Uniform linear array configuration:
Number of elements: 8
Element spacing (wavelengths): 0.75
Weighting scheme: kaiser
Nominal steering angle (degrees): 0
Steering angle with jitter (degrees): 0.6381
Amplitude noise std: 0.05
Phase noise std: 0.05

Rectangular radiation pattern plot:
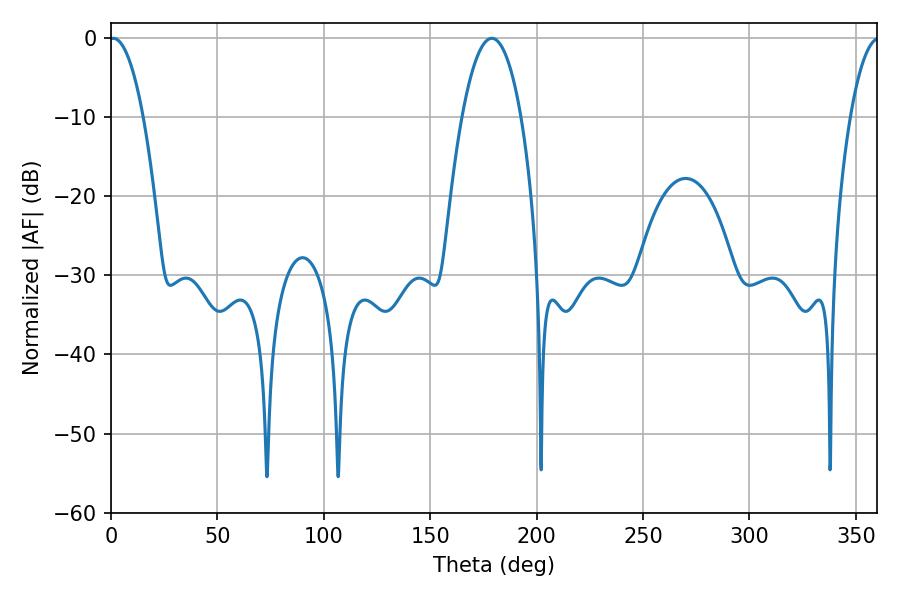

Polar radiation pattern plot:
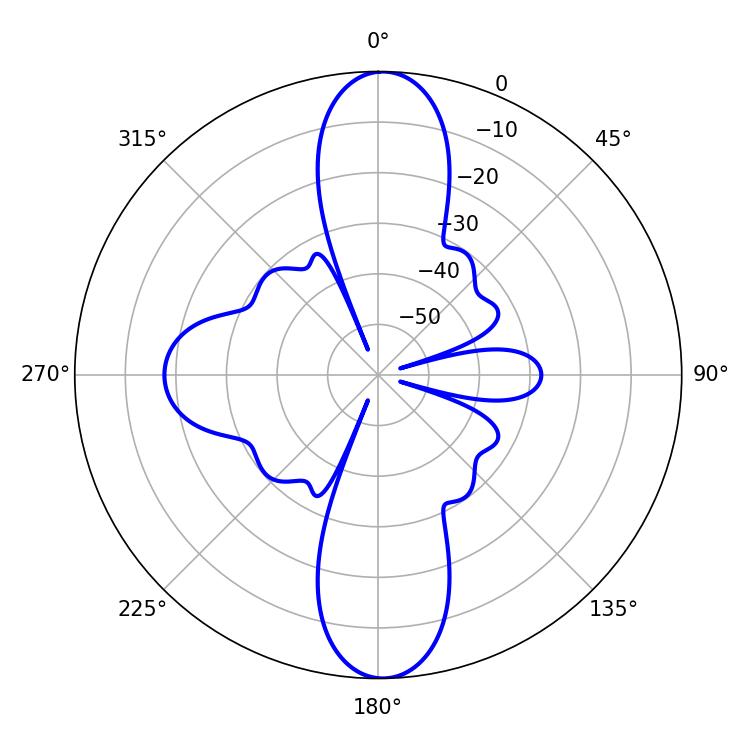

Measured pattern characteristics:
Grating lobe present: TRUE
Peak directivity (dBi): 26.237
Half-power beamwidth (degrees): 8.82
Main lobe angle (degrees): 1.08